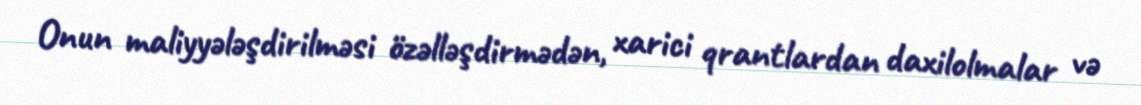
Onun maliyyələşdirilməsi özəlləşdirmədən, xarici qrantlardan daxilolmalar və